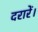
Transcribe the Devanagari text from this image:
दरारें।